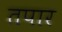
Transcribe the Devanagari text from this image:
तपार